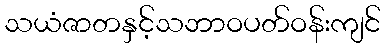
သယံဇာတနှင့်သဘာဝပတ်ဝန်းကျင်